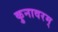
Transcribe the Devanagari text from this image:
कुनावरम्